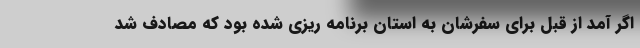
اگر آمد از قبل برای سفرشان به استان برنامه ریزی شده بود که مصادف شد